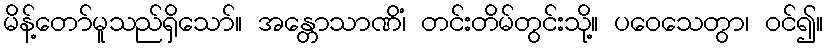
မိန့်တော်မူသည်ရှိသော်။ အန္တောသာဏိံ၊ တင်းတိမ်တွင်းသို့။ ပဝေသေတွာ၊ ဝင်၍။